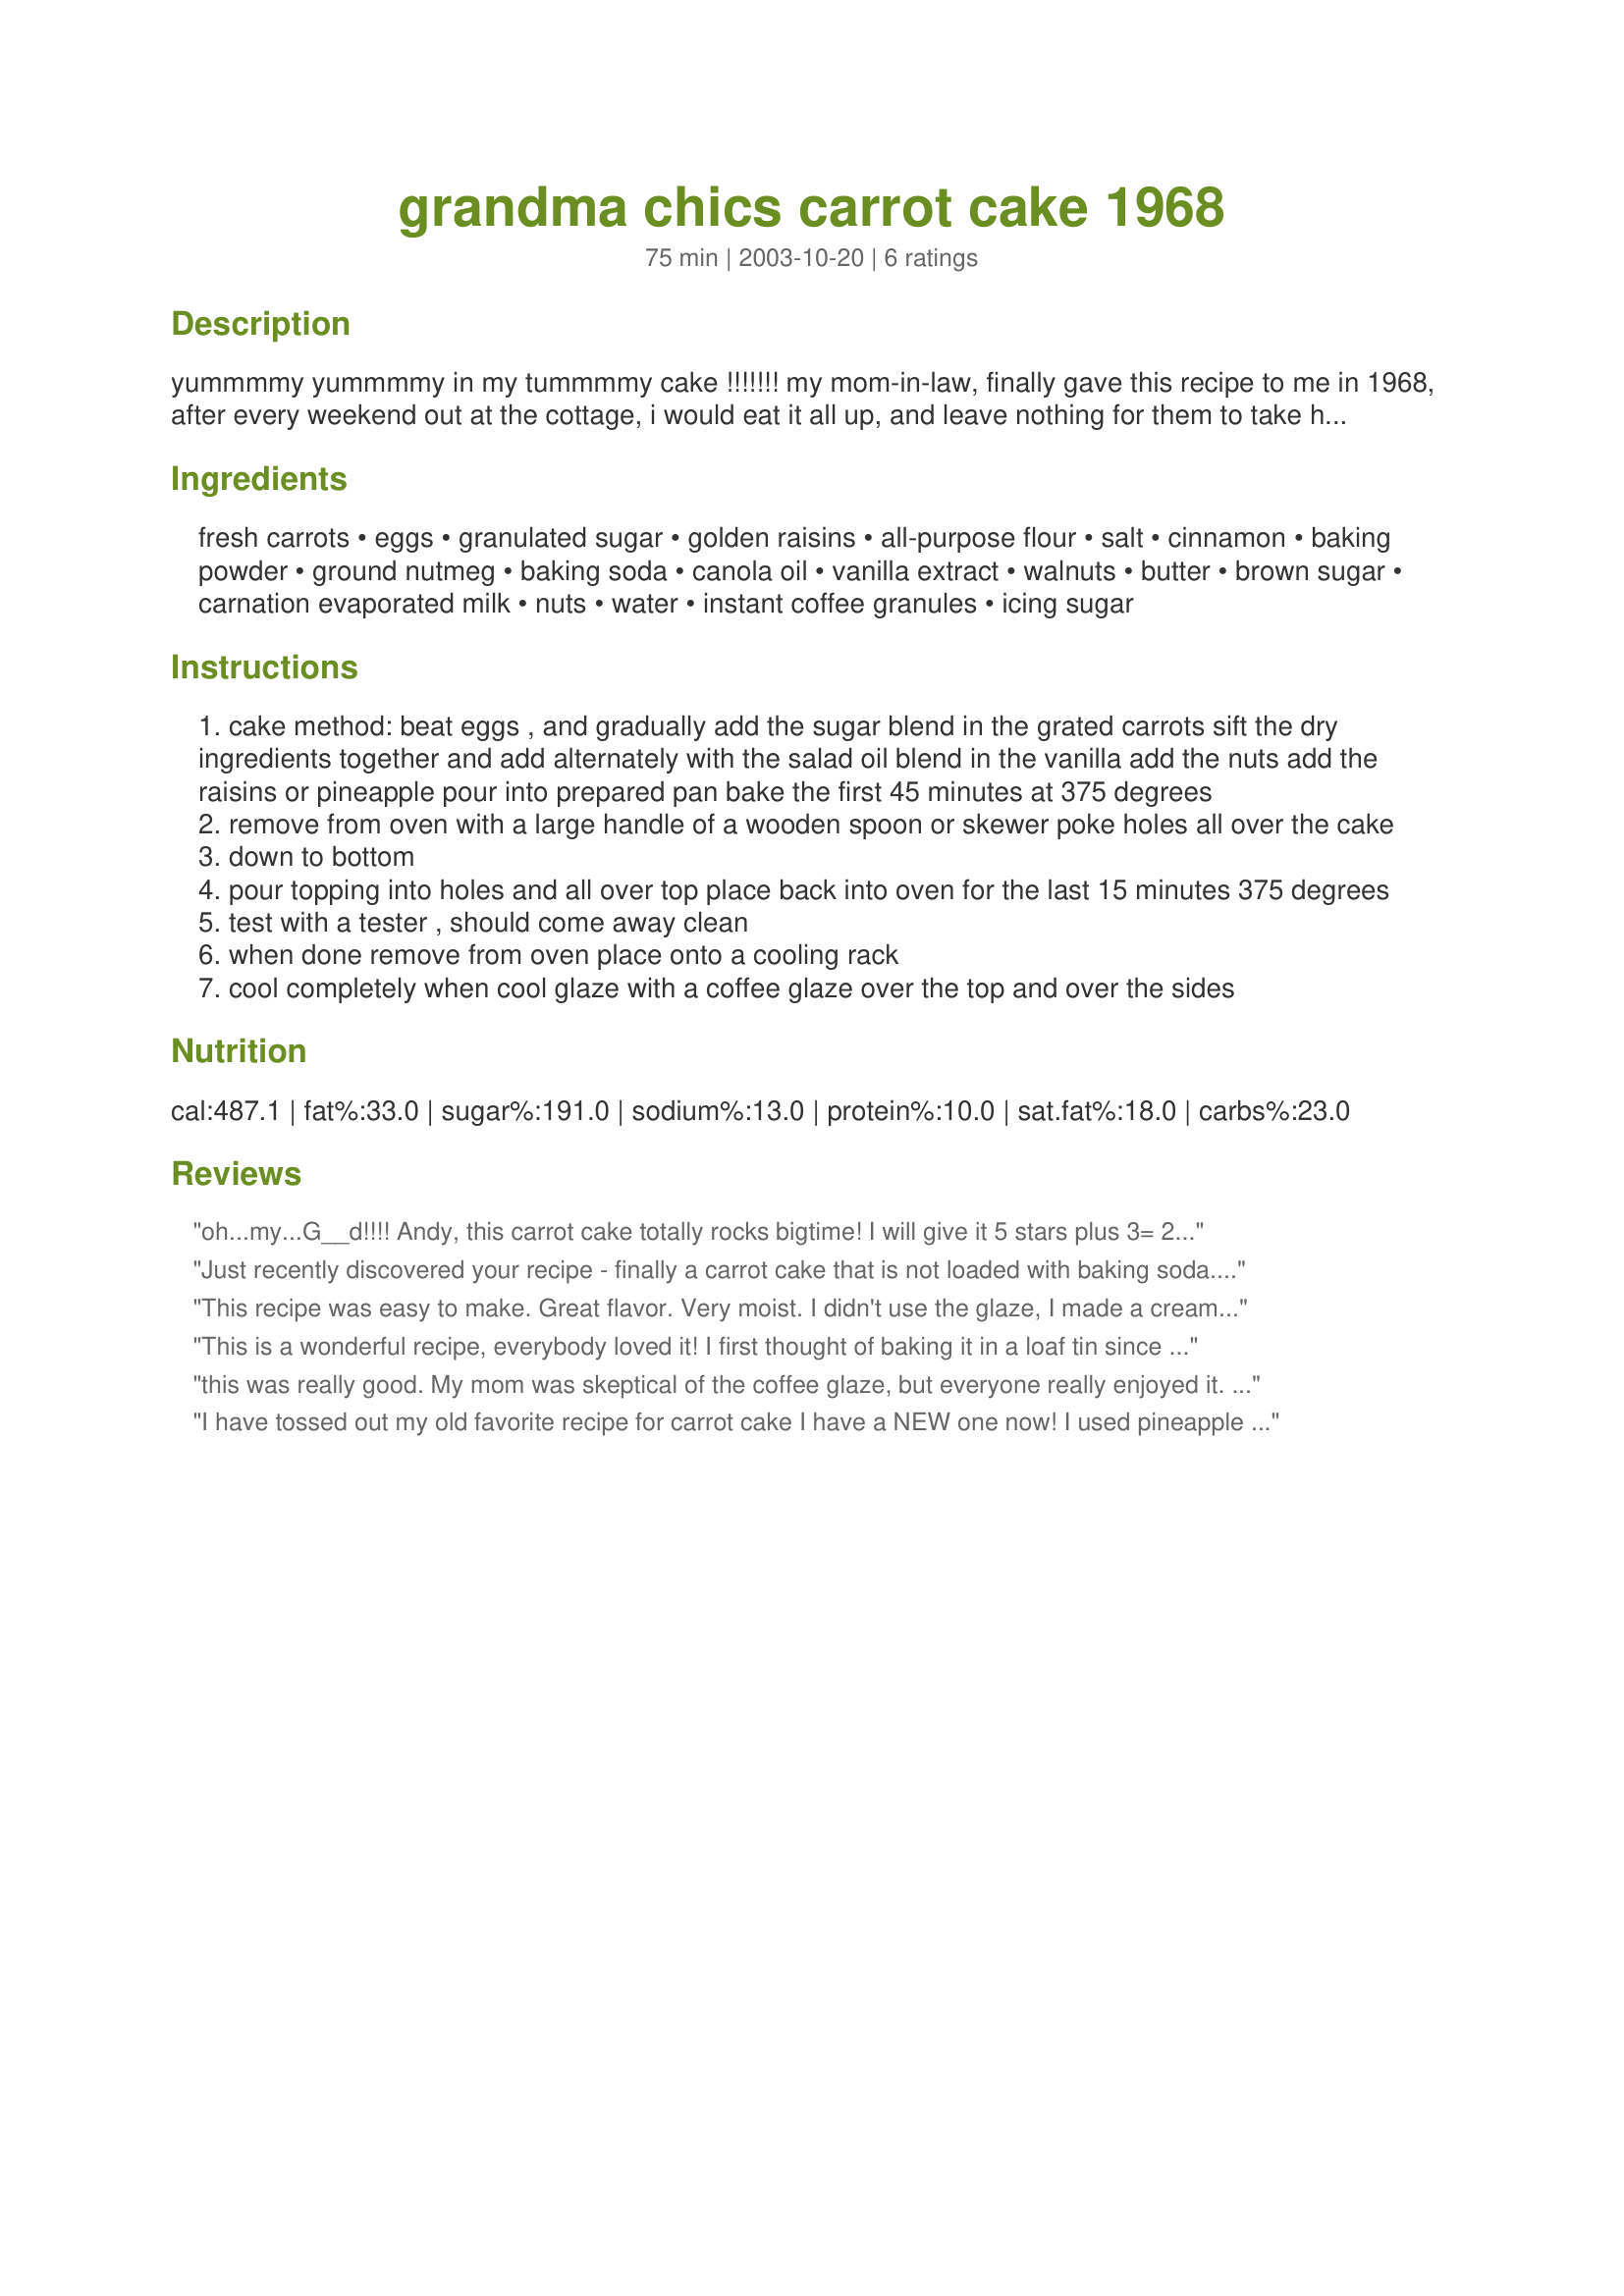
grandma chics carrot cake 1968
Preparation time: 75 minutes

yummmmy yummmmy in my tummmmy cake !!!!!!! my mom-in-law, finally gave this recipe to me in 1968, after every weekend out at the cottage, i would eat it all up, and leave nothing for them to take home. there's always a new way to get their prized recipes.......375 degrees oven 45 minutes, remove poke holes place on filling and return to 375 degrees oven last 15 minutes, 9 1/2 cup greased and floured tube pan. remember also if you use a bundt pan they have a tendency to cook faster, and if not careful could result in a drier cake. also i like to make the holes for the topping with the handle of a wooden spoon that way everything goes into the cake a little better, leaving only a slight amount on top.

Ingredients:
fresh carrots, eggs, granulated sugar, golden raisins, all-purpose flour, salt, cinnamon, baking powder, ground nutmeg, baking soda, canola oil, vanilla extract, walnuts, butter, brown sugar, carnation evaporated milk, nuts, water, instant coffee granules, icing sugar

Steps:
cake method: beat eggs , and gradually add the sugar blend in the grated carrots sift the dry ingredients together and add alternately with the salad oil blend in the vanilla add the nuts add the raisins or pineapple pour into prepared pan bake the first 45 minutes at 375 degrees
remove from oven with a large handle of a wooden spoon or skewer poke holes all over the cake
down to bottom
pour topping into holes and all over top place back into oven for the last 15 minutes 375 degrees
test with a tester , should come away clean
when done remove from oven place onto a cooling rack
cool completely when cool glaze with a coffee glaze over the top and over the sides

Reviews:
oh...my...G__d!!!! Andy, this carrot cake totally rocks bigtime! I will give it 5 stars plus 3= 20 stars. The best carrot cake I have ever had, and I thought that I have tryed all the best, but no way this is it! This cake is so moist, and talk about delicious... well, that's just an understatement....Well, Thank your mother-in-law, and you for an outstanding carrot cake recipe...I will be making this again...very soon...probably sooner than you think, cause my DH and my son already ate almost half of the cake...I sure hope that I get some for myself tonight...Great recipe Andy...keep up the good work, thank you :-) :-)
Just recently discovered your recipe - finally a carrot cake that is not loaded with baking soda. Absolutely wonderful and, for us, no cream cheese icing. How many stars can I give this!!!! a lot. 
Can't make too often or I would probably make myself sick eating it. This coffee glaze is such a refreshing change - then of course we like coffee. Thanks for submitting.
This recipe was easy to make. Great flavor. Very moist. I didn't use the glaze, I made a cream cheese frosting and drizzled it over the cake. I liked the idea of baking it in a bundt pan. Thanks for the great recipe. I will be making this again.
This is a wonderful recipe, everybody loved it! I first thought of baking it in a loaf tin since I don't have a tube pan but luckily my neighbour had one, so he lent me it! Very easy to put together. I used pineapples and I made 2 cakes. For the glaze, I made one as is, for the other, I omitted the coffee and added in a tsp of vanilla extract instead. I think the star of this recipe is the "topping" filled in, everybody was intrigued as to what I had put in it! Thank you so much, andypandy, for sharing this wonderful recipe, this is definitely a keeper! :)
this was really good. My mom was skeptical of the coffee glaze, but everyone really enjoyed it. The men at my husbands work couldn't eat it fast enough! For my first carrot cake, I was very impressed!
I have tossed out my old favorite recipe for carrot cake I have a NEW one now! I used pineapple and dont care for pineapple but in this cake I couldnt even tell there was any in it! I also subbed pecans for the walnuts ground them very fine. Next time I bake this I will reduce the cook time of 45 to 40 minutes. I poked holes in with skewer but next time I want to make the holes a little bigger. I usually make carrot cake with cream cheese icing but this is a very good glaze for this cake. Thanks andypandy for sharing this recipe with us.
